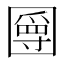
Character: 𡈣